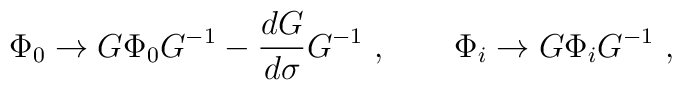
\Phi_0\to G\Phi_0G^{-1}-{dG\over d\sigma}G^{-1}\ ,\qquad \Phi_i\to G \Phi_i G^{-1}\ ,